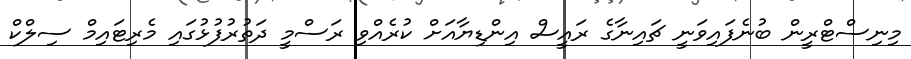
މިނިސްޓްރީން ބުނެފައިވަނީ ޗައިނާގެ ރައީސް އިންޑިޔާއަށް ކުރެއްވި ރަސްމީ ދަތުރުފުޅުގައި މެރިޓައިމް ސިލްކް